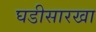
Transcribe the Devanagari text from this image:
घडीसारखा